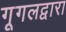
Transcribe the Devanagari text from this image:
गूगलद्वारा